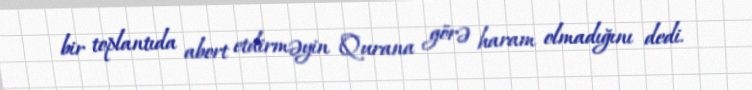
bir toplantıda abort etdirməyin Qurana görə haram olmadığını dedi.